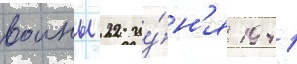
воины 22 иу́н'я 1941